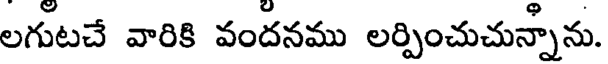
లగుటచే వారికి వందనము లర్పించుచున్నాను.